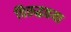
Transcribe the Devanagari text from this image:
विरुद्धतया